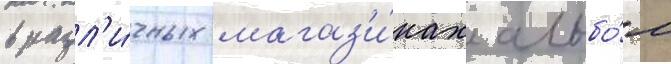
в разл'и́чных магаз'и́нах альбо́м